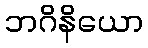
ဘဂိနိယော